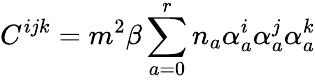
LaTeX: C^{ijk}=m^{2}\beta\sum_{a=0}^{r}n_{a}\alpha_{a}^{i}\alpha_{a}^{j}\alpha_{a}^{k}